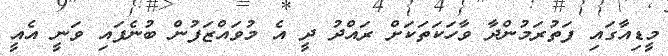
މީޑިއާގައި ފަތުރަމުންދާ ވާހަކަތަކަށް ރައްދު ދީ އެ މުވައްޒަފުން ބުނެފައި ވަނީ އެއީ